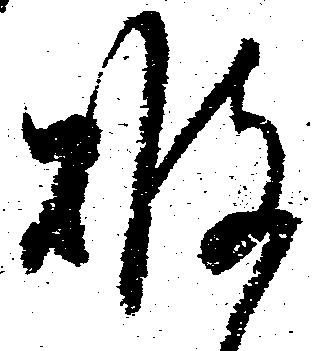
破